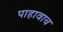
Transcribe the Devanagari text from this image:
पाहावाच